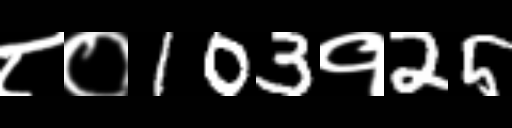
Text: ८०103१25